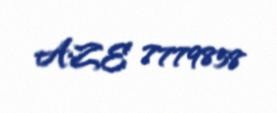
AZE 7779858